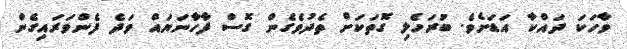
ވާހަކަ ދައްކާ އަޑަށެވެ. ބުރަހެލި ގޮތަކަށް ތެދުވެގެން ގޮސް ފާހާނަޔައް ވަދެ ފެންވަރައިގެން